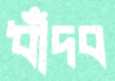
ধাঁদব